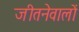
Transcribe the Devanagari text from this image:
जीतनेवालों